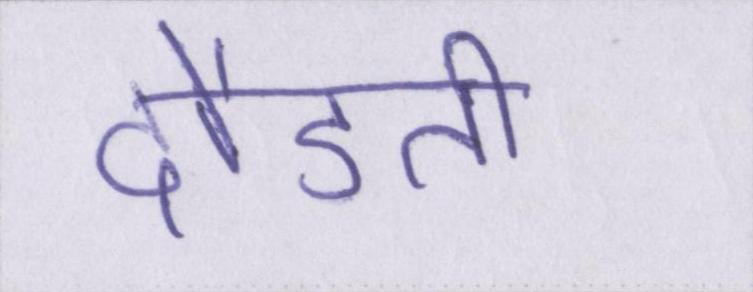
दौडती